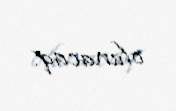
olunacaq.